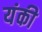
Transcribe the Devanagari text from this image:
यंकी